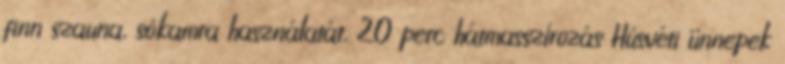
finn szauna, sókamra használatát, 20 perc hátmasszírozás Húsvéti ünnepek